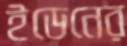
ইডেনের